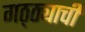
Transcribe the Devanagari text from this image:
गठ्ठ्याची